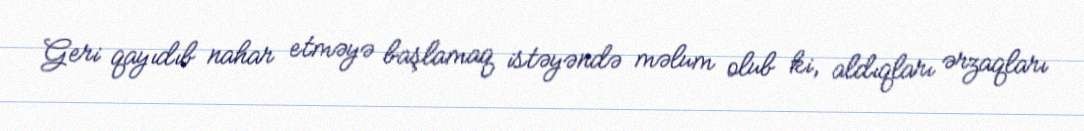
Geri qayıdıb nahar etməyə başlamaq istəyəndə məlum olub ki, aldıqları ərzaqları